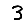
Digit: 3